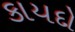
કાયદો